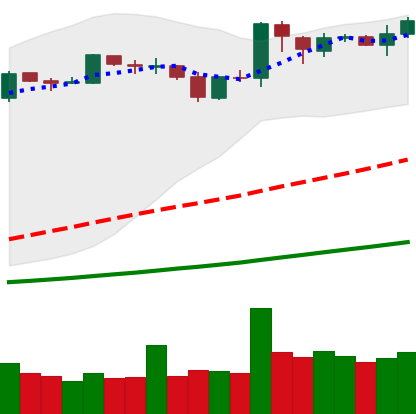
Ticker: BNB-USD
Chart end date: 2019-03-31
Forward return: 11.791%
Label: up_7plus